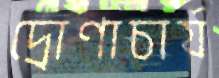
দ্রোণাচার্য